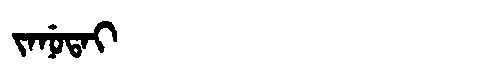
Manchu: ᠵᠠᠨᡠᡨᠠᡳ
Romanization: JANUTAI